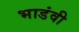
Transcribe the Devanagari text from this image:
भाडंवी